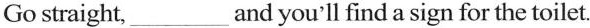
Go straight,___and you'll find a sign for the toilet.